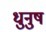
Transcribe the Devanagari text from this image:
धुनुष